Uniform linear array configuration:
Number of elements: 4
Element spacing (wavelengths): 0.75
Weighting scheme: uniform
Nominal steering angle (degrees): -15
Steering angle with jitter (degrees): -16.667
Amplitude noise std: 0.05
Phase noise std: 0.05

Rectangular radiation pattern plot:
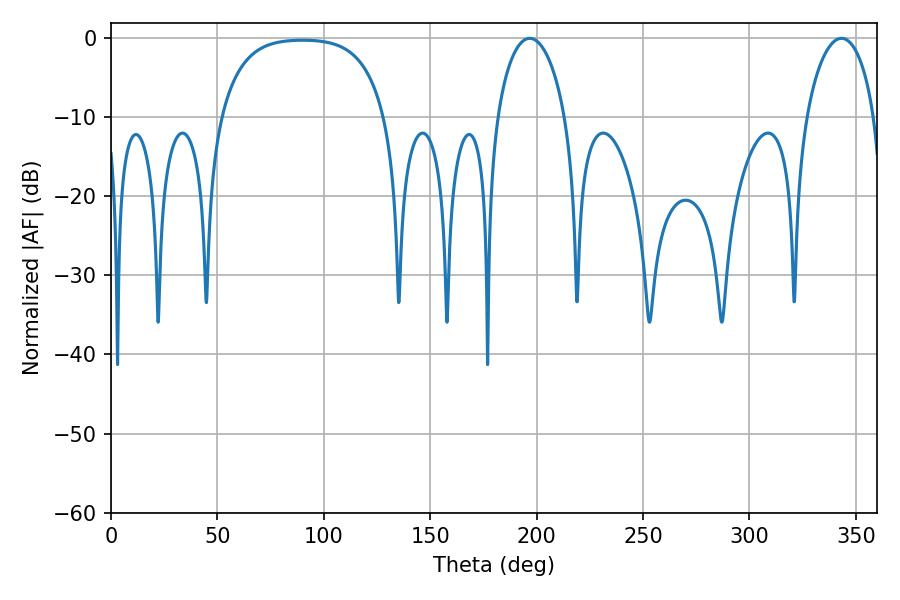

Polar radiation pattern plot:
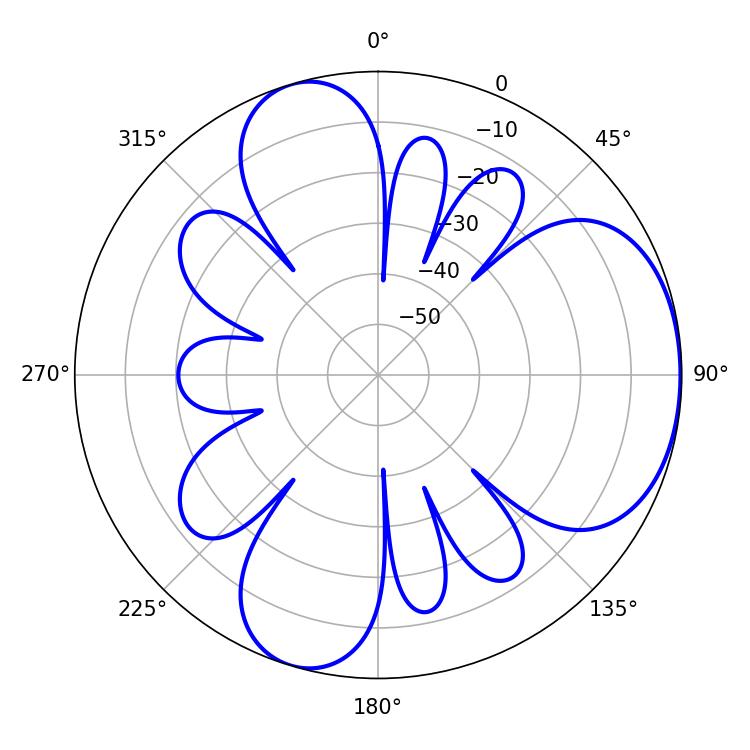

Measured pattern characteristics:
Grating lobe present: TRUE
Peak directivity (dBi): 4.953
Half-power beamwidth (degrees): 18.36
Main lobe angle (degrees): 196.74